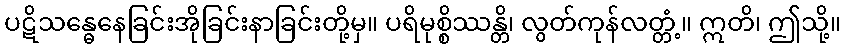
ပဋိသန္ဓေနေခြင်းအိုခြင်းနာခြင်းတို့မှ။ ပရိမုစ္စိဿန္တိ၊ လွတ်ကုန်လတ္တံ့။ ဣတိ၊ ဤသို့။